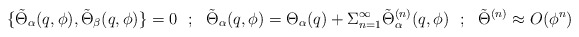
\begin{align*}\{\tilde\Theta _\alpha (q,\phi ) ,\tilde\Theta _\beta (q,\phi )\}=0~~;~~\tilde\Theta _\alpha (q,\phi )=\Theta _\alpha (q)+\Sigma _{n=1}^\infty \tilde\Theta ^{(n)} _\alpha (q,\phi )~~;~~\tilde\Theta ^{(n)}\approx O(\phi ^n)\end{align*}